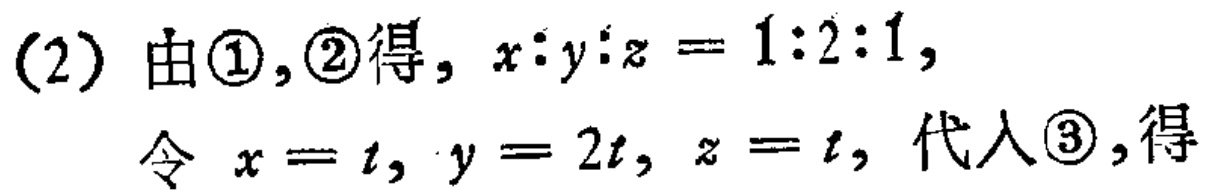
(2) 由\textcircled{1},\textcircled{2}得, \(x:y:z = 1:2:1\),
令 \(x = t,\ y = 2t,\ z = t\), 代入\textcircled{3},得